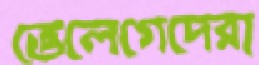
ভেলেগেদেরা